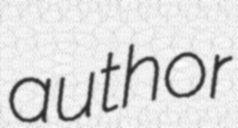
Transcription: author